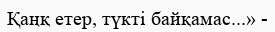
Қаңқ етер, түкті байқамас...» -